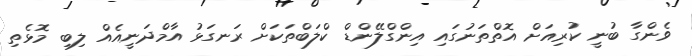
ވެންގާ ބުނީ ކުރިއަށް އޮތްތަނުގައި އިންގްލޭންޑް ކްލަބްތަކަށް ރަނގަޅު އާމްދަނީއެއް ލިބި މޮޅެތި